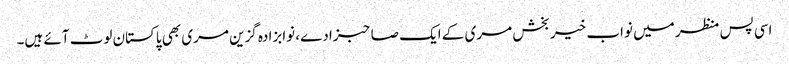
اسی پس منظر میں نواب خیر بخش مری کے ایک صاحبزادے، نوابزادہ گزین مری بھی پاکستان لوٹ آئے ہیں۔